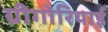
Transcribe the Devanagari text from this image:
ग्रीगोरियाई